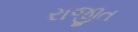
રાજીત